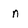
Character: n